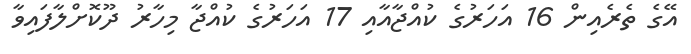
އޭގެ ތެރެއިން 16 އަހަރުގެ ކުއްޖާއާއި 17 އަހަރުގެ ކުއްޖާ މިހާރު ދޫކޮށްލާފައިވާ